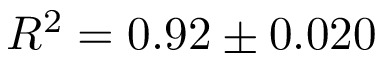
R ^ { 2 } = 0 . 9 2 \pm 0 . 0 2 0